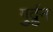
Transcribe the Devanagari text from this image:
गुर्द्रुन